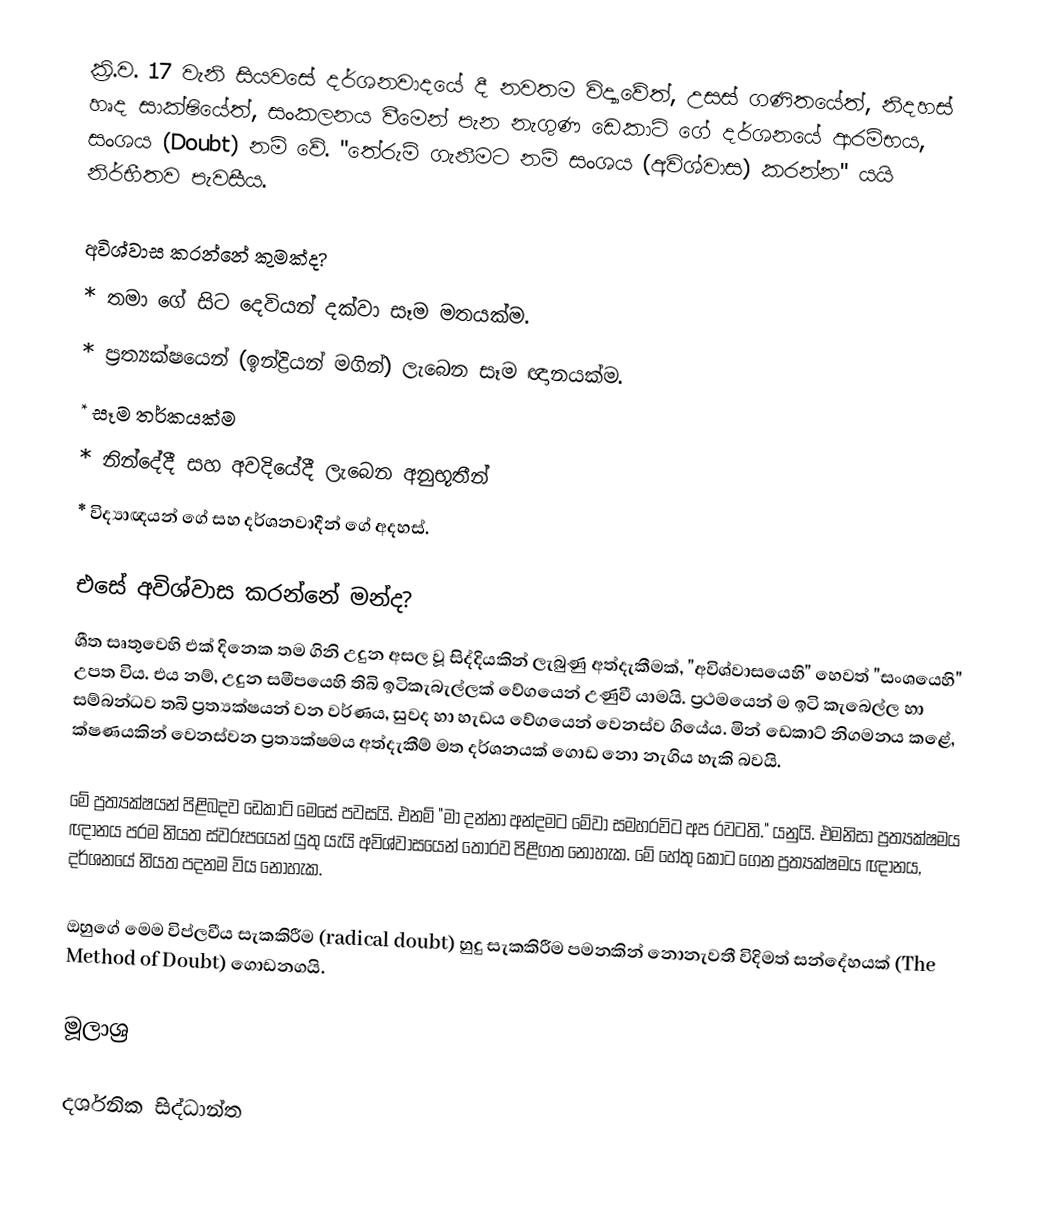
ක්‍රි.ව. 17 වැනි සියවසේ දර්ශනවාදයේ දී නවතම විද්‍යාවේත්, උසස් ගණිතයේත්, නිදහස් හෘද සාක්ෂියේත්, සංකලනය වීමෙන් පැන නැගුණ ඩෙකාට් ගේ දර්ශනයේ ආරම්භය, සංශය (Doubt) නම් වේ. "තේරුම් ගැනීමට නම් සංශය (අවිශ්වාස) කරන්න" යයි නිර්භීතව පැවසීය.

අවිශ්වාස කරන්නේ කුමක්ද?
  * තමා ගේ සිට දෙවියන් දක්වා සෑම මතයක්ම.
  * ප්‍රත්‍යක්ෂයෙන් (ඉන්ද්‍රියන් මගින්) ලැබෙන සෑම ඥානයක්ම.
  * සෑම තර්කයක්ම
  * නින්දේදී සහ අවදියේදී ලැබෙන අනුභූතීන්
  * විද්‍යාඥයන්‍ ගේ සහ දර්ශනවාදීන් ගේ අදහස්.

එසේ අවිශ්වාස කරන්නේ මන්ද?
ශීත සෘතුවෙහි එක් දිනෙක තම ගිනි උදුන අසල වූ සිද්දියකින් ලැබුණු අත්දැකීමක්, "අවිශ්වාසයෙහි" හෙවත් "සංශයෙහි" උපත විය. එය නම්, උදුන සමීපයෙහි තිබි ඉටිකැබැල්ලක් වේගයෙන් උණුවී යාමයි. ප්‍රථමයෙන් ම ඉටි කැබෙල්ල හා සම්බන්ධව තබි ප්‍රත්‍යක්ෂයන් වන වර්ණය, සුවද හා හැඩය වේගයෙන් වෙනස්ව ගියේය. මින් ඩෙකාට් නිගමනය කළේ, ක්ෂණයකින් වෙනස්වන ප්‍රත්‍යක්ෂමය අත්දැකීම් මත දර්ශනයක් ගොඩ නො නැගිය හැකි බවයි.

මේ ප්‍රත්‍යක්ෂයන් පිළිබදව ඩෙකාට් මෙසේ පවසයි. එනම් "මා දන්නා අන්දමට මේවා සමහරවිට අප රවටති." යනුයි. එමනිසා ප්‍රත්‍යක්ෂමය ඥානය පරම නියත ස්වරූපයෙන් යුතු යැයි අවිශ්වාසයෙන් තොරව පිළිගත නොහැක. මේ හේතු කොට ගෙන ප්‍රත්‍යක්ෂමය ඥානය, දර්ශනයේ නියත පදනම විය නොහැක.

ඔහුගේ මෙම විප්ලවීය සැකකිරීම (radical doubt) හුදු සැකකිරීම පමනකින් නොනැවතී විදිමත් සන්දේහයක් (The Method of Doubt) ගොඩනගයි.

මූලාශ්‍ර

දර්ශනික සිද්ධාන්ත